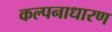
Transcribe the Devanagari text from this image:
कल्पनाधारण